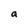
Character: a